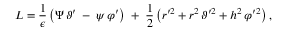
L = \frac { 1 } { \epsilon } \left( \Psi \, \vartheta ^ { \prime } \: - \: \psi \, \varphi ^ { \prime } \right) \; + \; \frac { 1 } { 2 } \left( r ^ { \prime 2 } + r ^ { 2 } \, \vartheta ^ { \prime 2 } + h ^ { 2 } \, \varphi ^ { \prime 2 } \right) ,